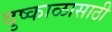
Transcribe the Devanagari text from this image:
दुष्काळासाठी